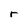
Character: r